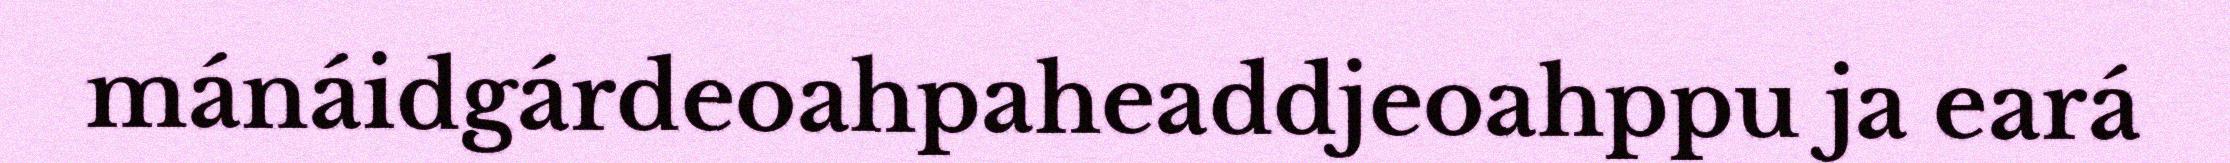
mánáidgárdeoahpaheaddjeoahppu ja eará